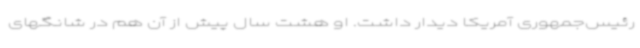
رئیس‌جمهوری آمریکا دیدار داشت. او هشت سال پیش از آن هم در شانگهای